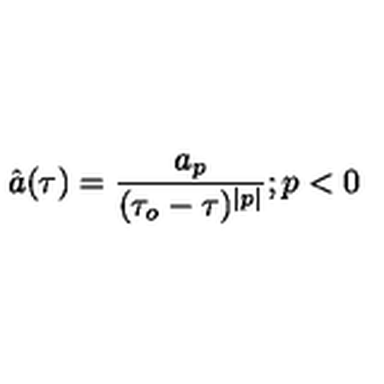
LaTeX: \hat { a } ( \tau ) = \frac { a _ { p } } { ( \tau _ { o } - \tau ) ^ { \mid p \mid } } ; p < 0